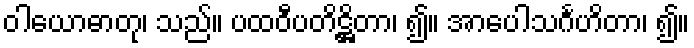
ဝါယောဓာတု၊ သည်။ ပထဝီပတိဋ္ဌိတာ၊ ၍။ အာပေါသင်္ဂဟိတာ၊ ၍။